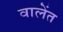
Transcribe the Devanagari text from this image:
वालेंत